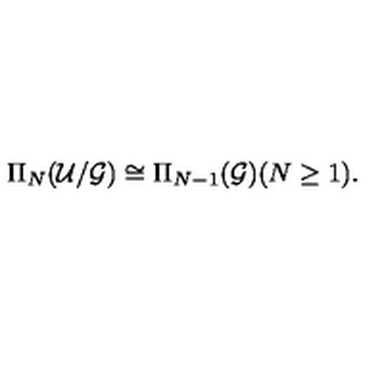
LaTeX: \Pi _ { N } ( { \cal U } / { \cal G } ) \cong \Pi _ { N - 1 } ( { \cal G } ) ( N \geq 1 ) .